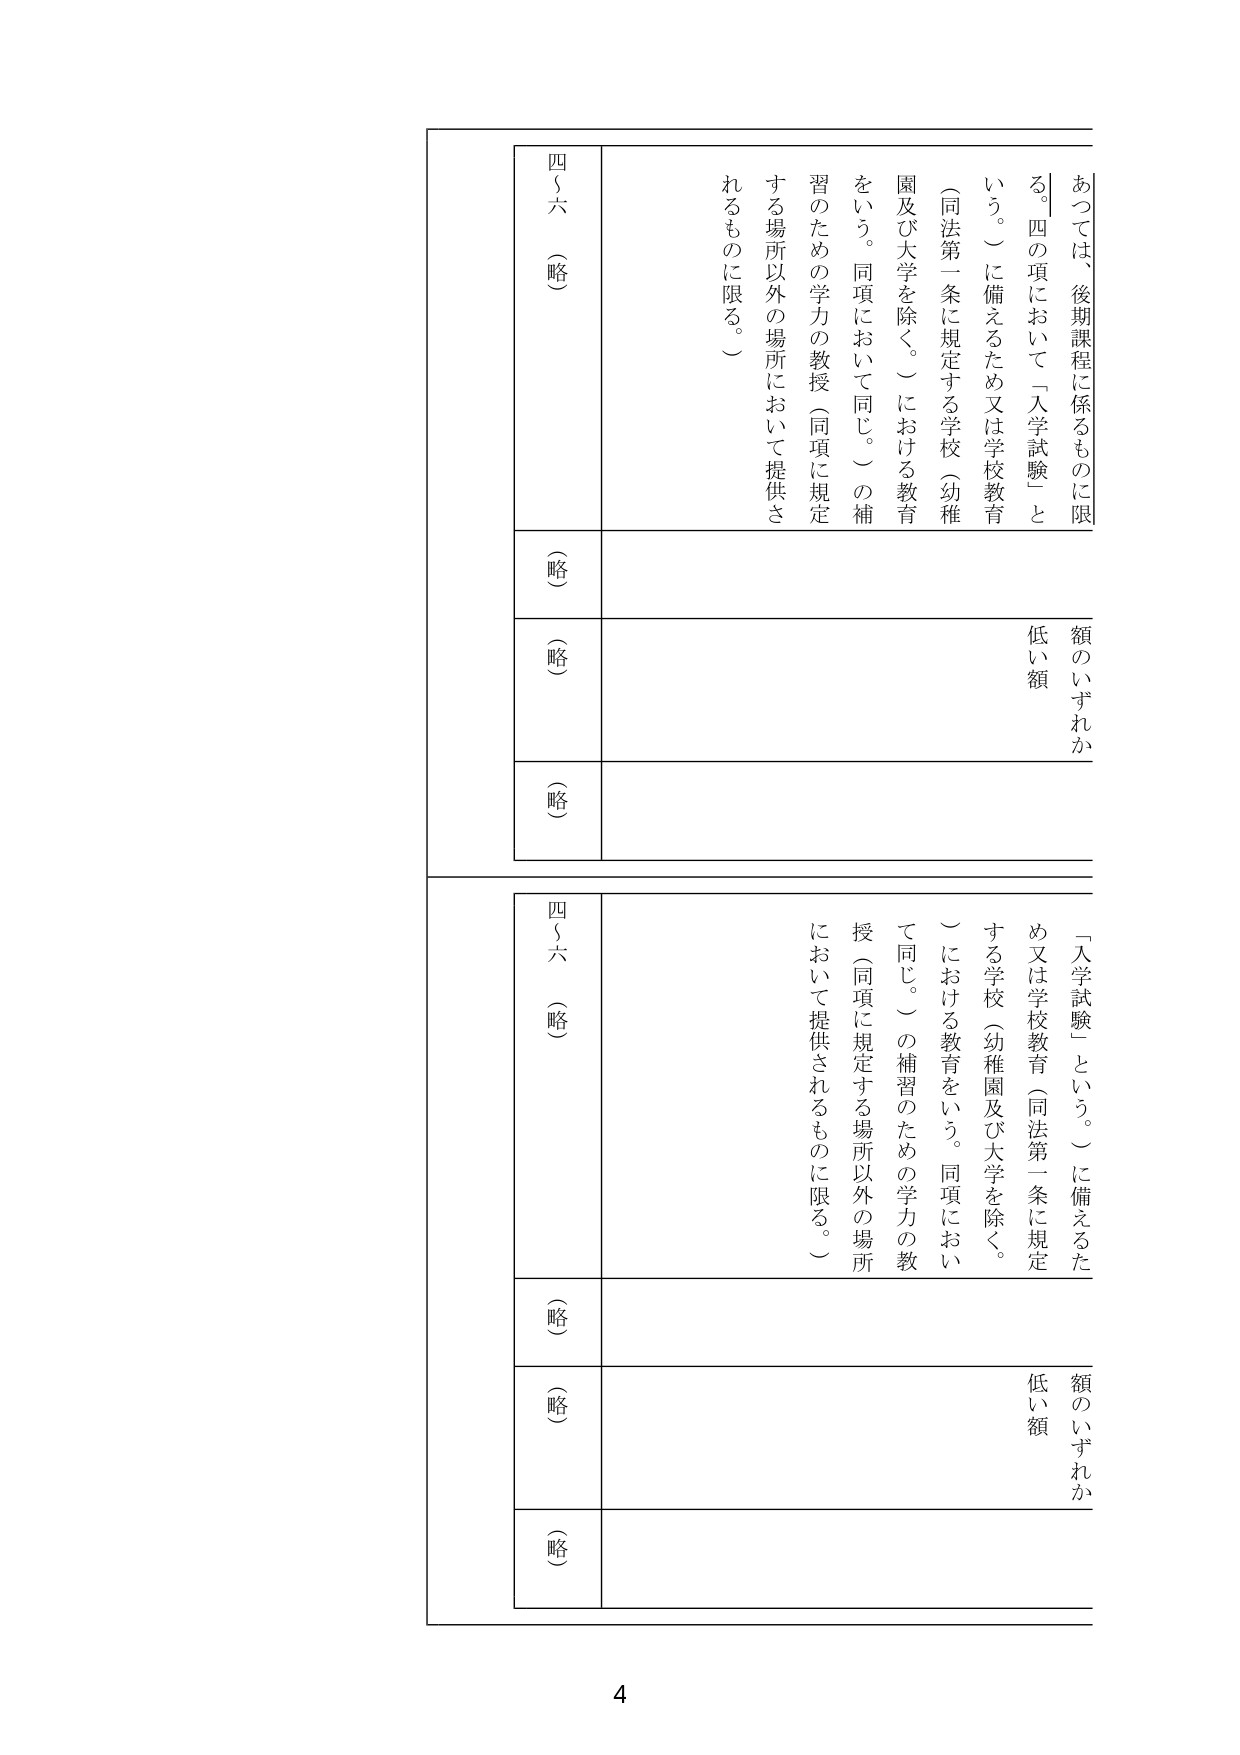
あつては、後期課程に係るものに限る。四の項において「入学試験」という。）に備えるため又は学校教育（同法第一条に規定する学校（幼稚園及び大学を除く。）における教育をいう。同項において同じ。）の補習のための学力の教授（同項に規定する場所以外の場所において提供されるものに限る。）

額のいずれか
低い額

四～六（略）
（略）
（略）
（略）

「入学試験」という。）に備えるため又は学校教育（同法第一条に規定する学校（幼稚園及び大学を除く。）における教育をいう。同項において同じ。）の補習のための学力の教授（同項に規定する場所以外の場所において提供されるものに限る。）

額のいずれか
低い額

四～六（略）
（略）
（略）
（略）

4